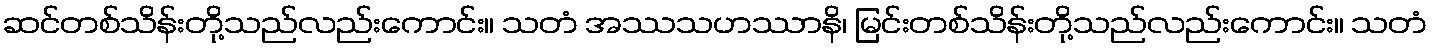
ဆင်တစ်သိန်းတို့သည်လည်းကောင်း။ သတံ အဿသဟဿာနိ၊ မြင်းတစ်သိန်းတို့သည်လည်းကောင်း။ သတံ